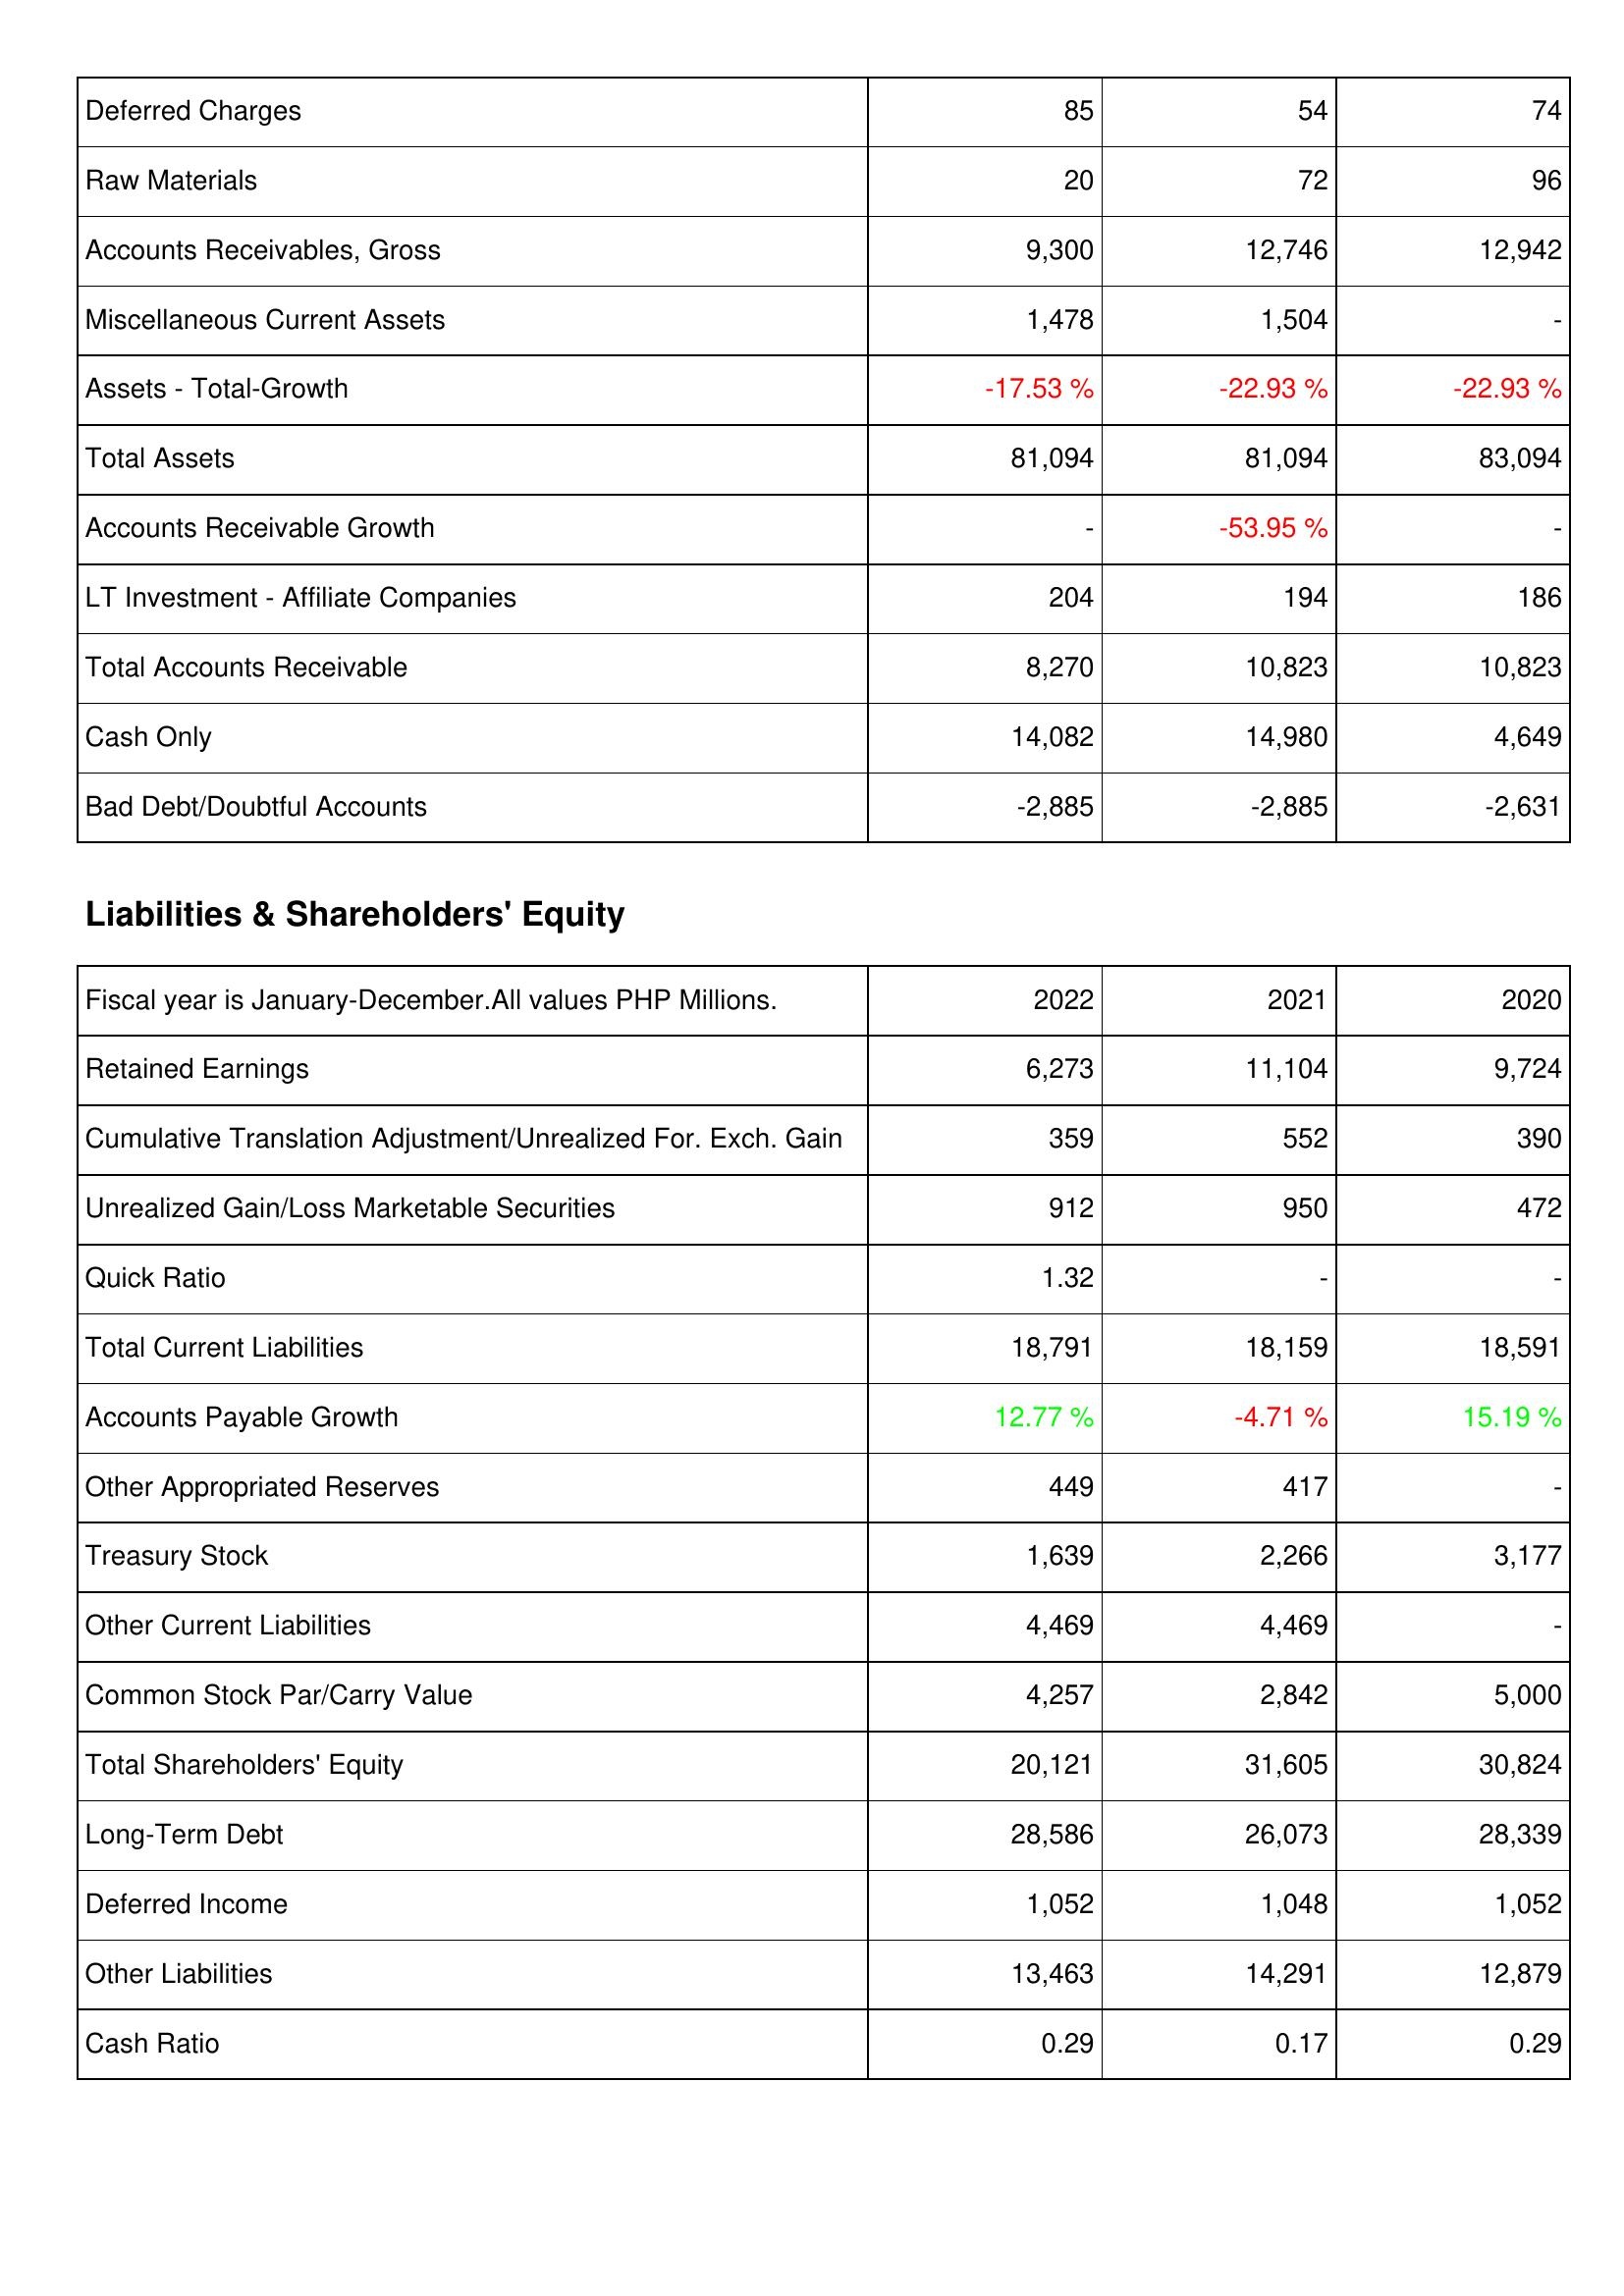
2022: Assets: Deferred Charges: 85
Raw Materials: 20
Accounts Receivables, Gross: 9,300
Miscellaneous Current Assets: 1,478
Assets - Total-Growth: -17.53 %
Total Assets: 81,094
Accounts Receivable Growth: -
LT Investment - Affiliate Companies: 204
Total Accounts Receivable: 8,270
Cash Only: 14,082
Bad Debt/Doubtful Accounts: -2,885
Liabilities & Shareholders' Equity: Retained Earnings: 6,273
Cumulative Translation Adjustment/Unrealized For. Exch. Gain: 359
Unrealized Gain/Loss Marketable Securities: 912
Quick Ratio: 1.32
Total Current Liabilities: 18,791
Accounts Payable Growth: 12.77 %
Other Appropriated Reserves: 449
Treasury Stock: 1,639
Other Current Liabilities: 4,469
Common Stock Par/Carry Value: 4,257
Total Shareholders' Equity: 20,121
Long-Term Debt: 28,586
Deferred Income: 1,052
Other Liabilities: 13,463
Cash Ratio: 0.29
2021: Assets: Deferred Charges: 54
Raw Materials: 72
Accounts Receivables, Gross: 12,746
Miscellaneous Current Assets: 1,504
Assets - Total-Growth: -22.93 %
Total Assets: 81,094
Accounts Receivable Growth: -53.95 %
LT Investment - Affiliate Companies: 194
Total Accounts Receivable: 10,823
Cash Only: 14,980
Bad Debt/Doubtful Accounts: -2,885
Liabilities & Shareholders' Equity: Retained Earnings: 11,104
Cumulative Translation Adjustment/Unrealized For. Exch. Gain: 552
Unrealized Gain/Loss Marketable Securities: 950
Quick Ratio: -
Total Current Liabilities: 18,159
Accounts Payable Growth: -4.71 %
Other Appropriated Reserves: 417
Treasury Stock: 2,266
Other Current Liabilities: 4,469
Common Stock Par/Carry Value: 2,842
Total Shareholders' Equity: 31,605
Long-Term Debt: 26,073
Deferred Income: 1,048
Other Liabilities: 14,291
Cash Ratio: 0.17
2020: Assets: Deferred Charges: 74
Raw Materials: 96
Accounts Receivables, Gross: 12,942
Miscellaneous Current Assets: -
Assets - Total-Growth: -22.93 %
Total Assets: 83,094
Accounts Receivable Growth: -
LT Investment - Affiliate Companies: 186
Total Accounts Receivable: 10,823
Cash Only: 4,649
Bad Debt/Doubtful Accounts: -2,631
Liabilities & Shareholders' Equity: Retained Earnings: 9,724
Cumulative Translation Adjustment/Unrealized For. Exch. Gain: 390
Unrealized Gain/Loss Marketable Securities: 472
Quick Ratio: -
Total Current Liabilities: 18,591
Accounts Payable Growth: 15.19 %
Other Appropriated Reserves: -
Treasury Stock: 3,177
Other Current Liabilities: -
Common Stock Par/Carry Value: 5,000
Total Shareholders' Equity: 30,824
Long-Term Debt: 28,339
Deferred Income: 1,052
Other Liabilities: 12,879
Cash Ratio: 0.29